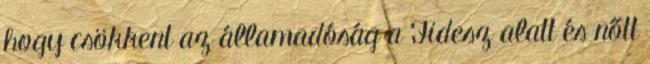
hogy csökkent az államadóság a Fidesz alatt és nőtt